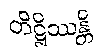
တိဋ္ဌိဿန္တိ